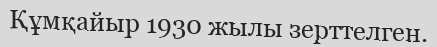
Құмқайыр 1930 жылы зерттелген.